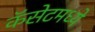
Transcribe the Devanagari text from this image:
कॅसेटमध्ये